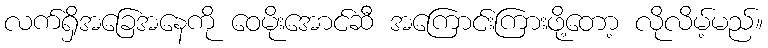
လက်ရှိအခြေအနေကို ဝေမိုးအောင်ဆီ အကြောင်းကြားဖို့တော့ လိုလိမ့်မည်။